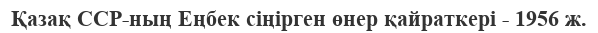
Қазақ ССР-ның Еңбек сіңірген өнер қайраткері - 1956 ж.